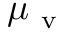
\mu _ { \mathrm { ~ v ~ } }